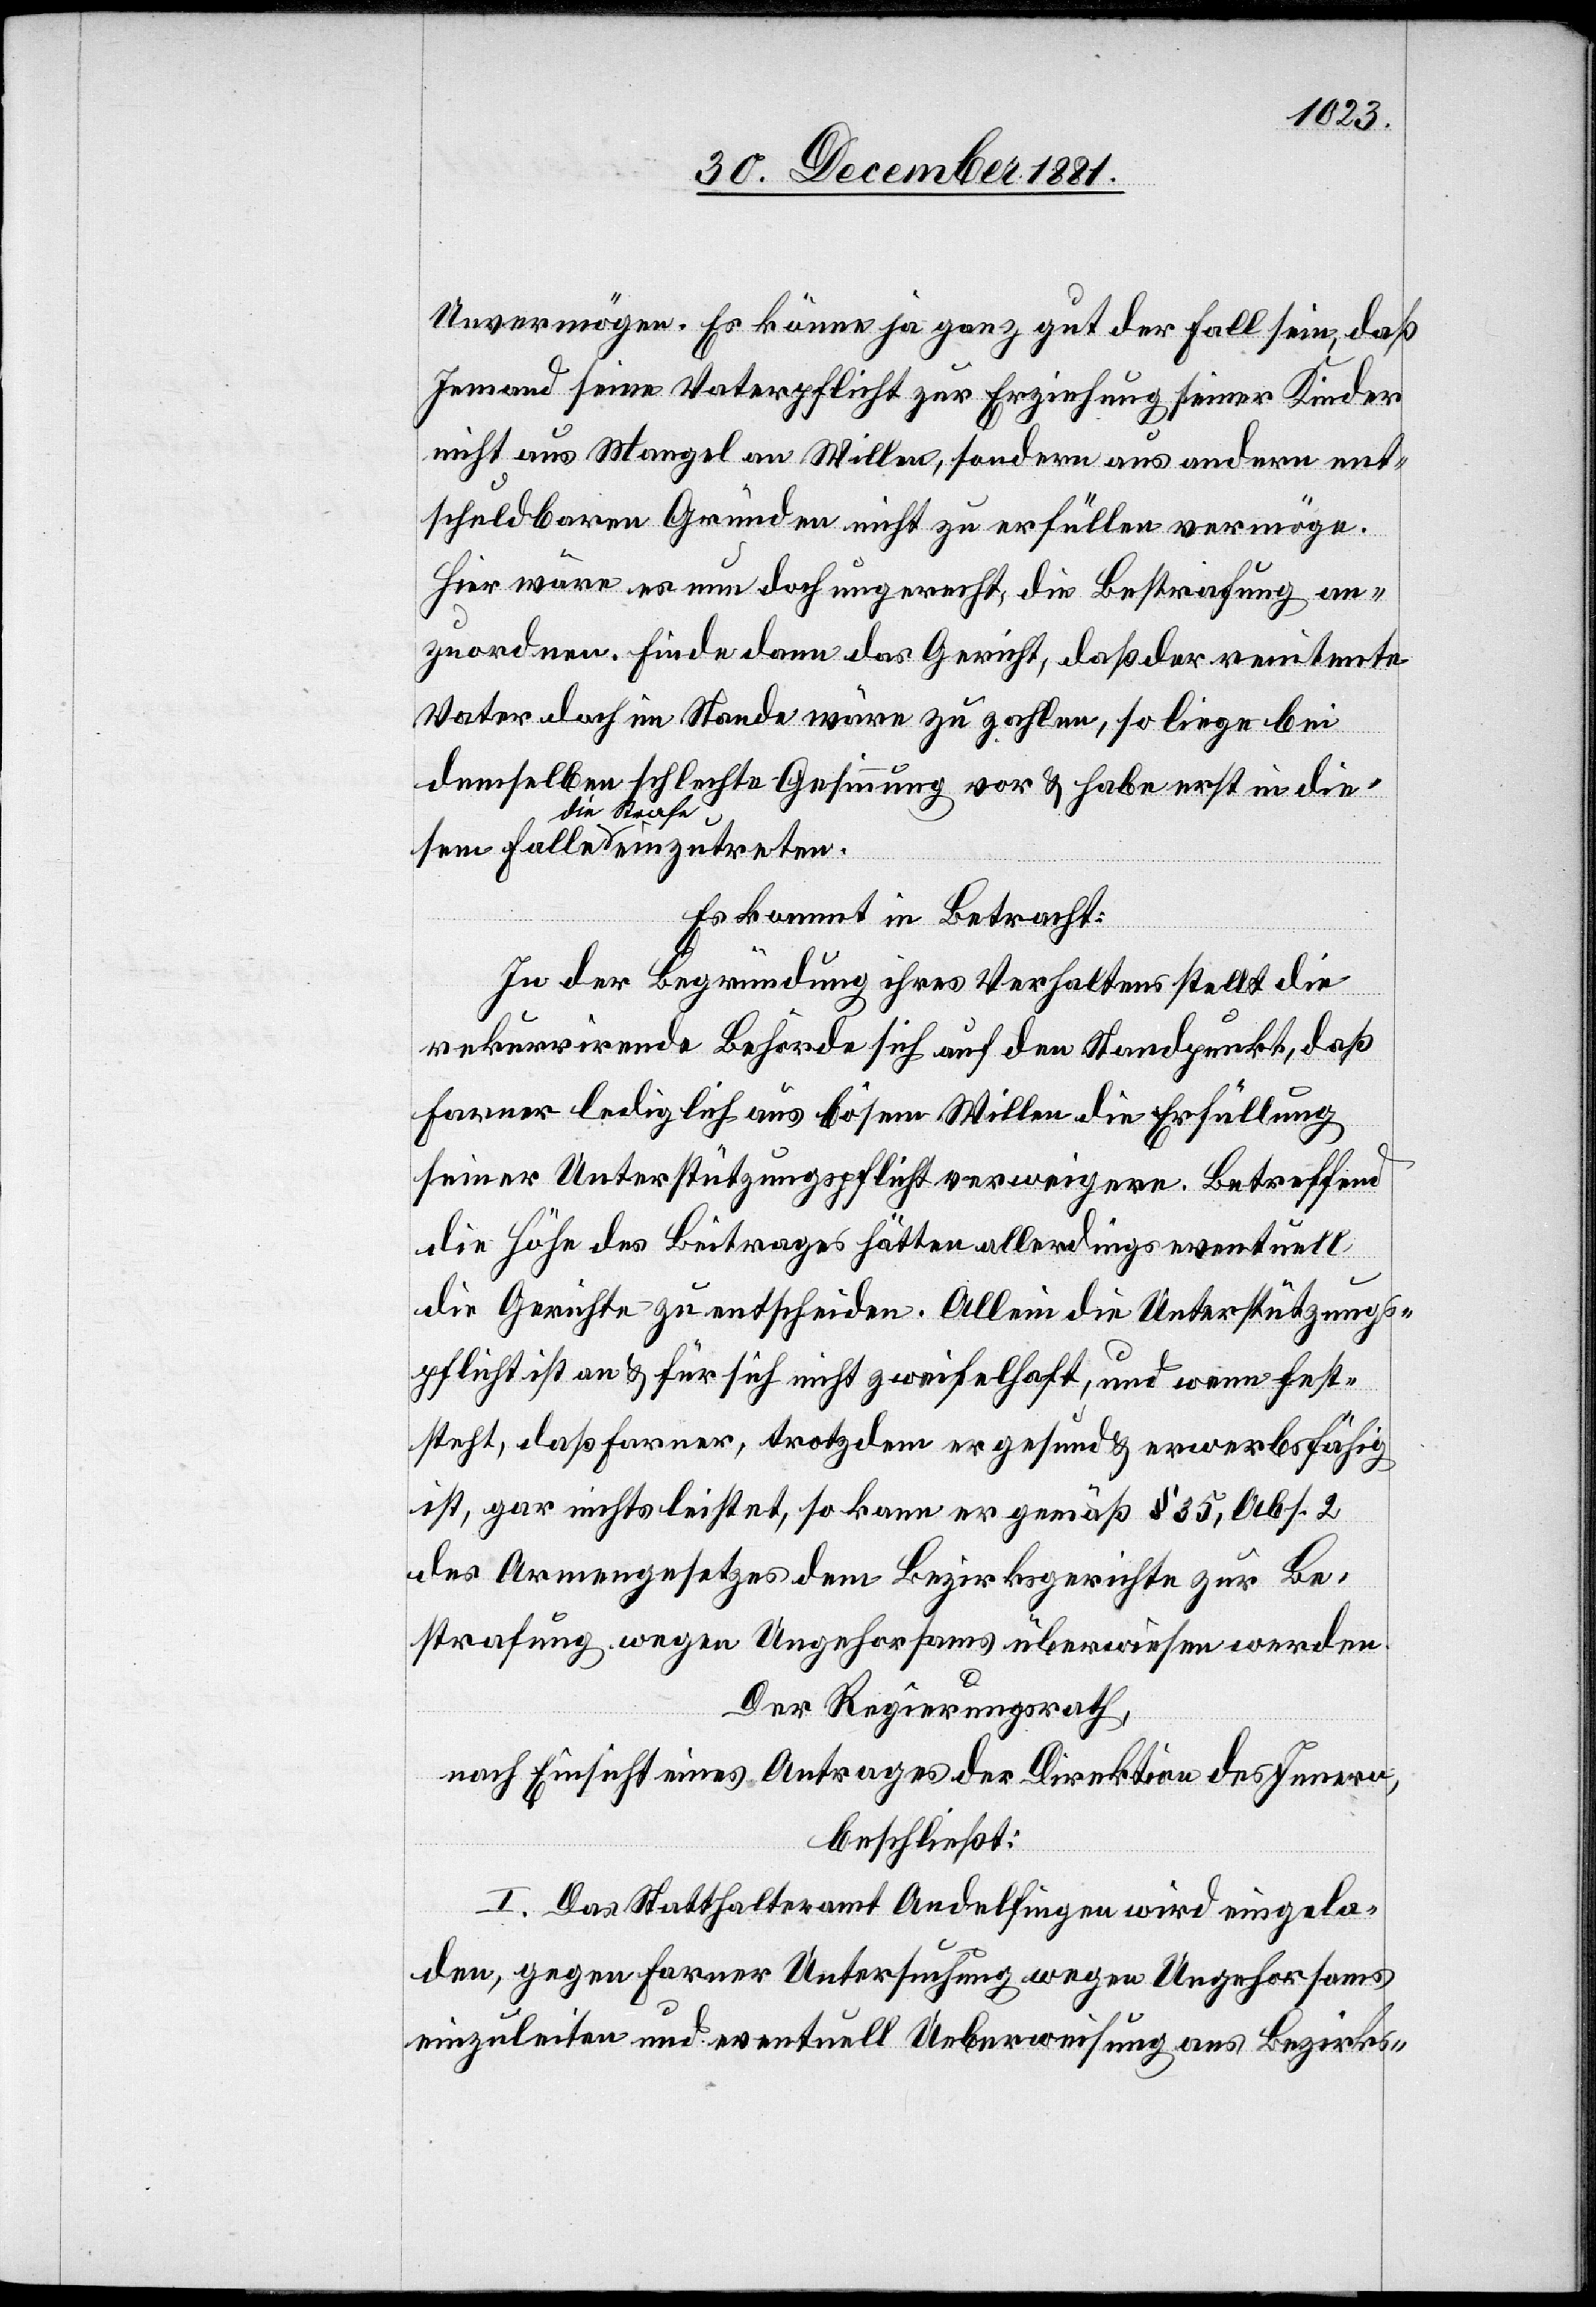
Unvermögen. Es könne ja ganz gut der Fall sein, daß
Jemand seine Vaterpflicht zur Erziehung seiner Kinder
nicht aus Mangel an Willen, sondern aus andern ent¬
schuldbaren Gründen nicht zu erfüllen vermöge.
Hier wäre es nun doch ungerecht, die Bestrafung an¬
zuordnen. Finde dann das Gericht, das der renitente
Vater doch im Stande wäre zu zahlen, so liege bei
demselben schlechte Gesinnung vor & habe erst in diesem
die Strafe
Es kommt in Betracht:
In der Begründung ihres Verhaltens stellt die
rekurrirende Behörde sich auf den Standpunkt, daß
Farner lediglich aus bösem Wollen die Erfüllung
seiner Unterstützungspflicht verweigere. Betreffend
die Höhe des Beitrages hätten allerdings eventuell
die Gerichte zu entscheiden. Allein die Unterstützungs¬
pflicht ist an & für sich nicht zweifelhaft, und wenn fest¬
steht, daß Farner, trotzdem er gesund & erwerbsfähig
ist, gar nichts leistet, so kann er gemäß § 35, Abs. 2
des Armengesetzes dem Bezirksgerichte zur Be¬
strafung wegen Ungehorsams überwiesen werden.
Der Regierungsrath,
nach Einsicht eines Antrages der Direktion des Innern,
beschließt:
I. Das Statthalteramt Andelfingen wird eingela¬
den, gegen Farner Untersuchung wegen Ungehorsams
einzuleiten und eventuell Ueberweisung ans Bezirks-